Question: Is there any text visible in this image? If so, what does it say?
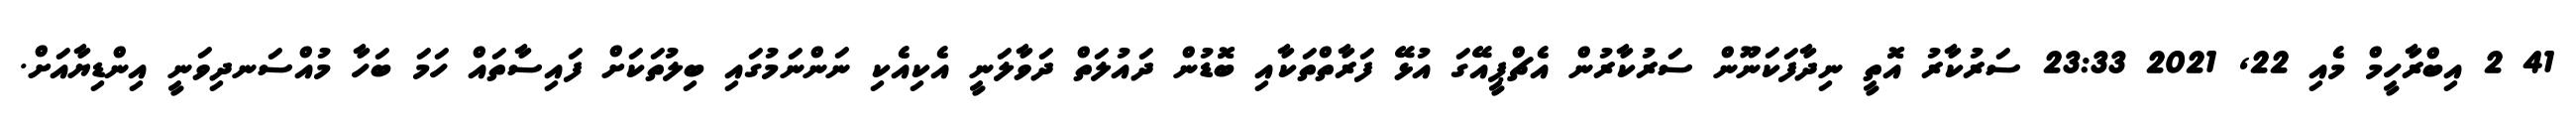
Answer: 41 2 އިބްރާހީމް މެއި 22, 2021 23:33 ސަރުކާރު އޮތީ ނިދާފަކަނޫން ސަރުކާރުން އެޗްޕީއޭގަ އުޅޭ ފަރާތްތަކާއި ބޮޑުން ދައުލަތް ދަވާލަނީ އެކިއެކި ނަންނަމުގައި ބިލުތަކަށް ފައިސާތައް ހަމަ ބަހާ މުއްސަނދިވަނީ އިންޑިޔާއަށް.